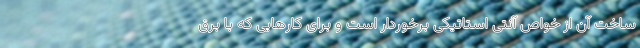
ساخت آن از خواص آنتی استاتیکی برخوردار است و برای کارهایی که با برق